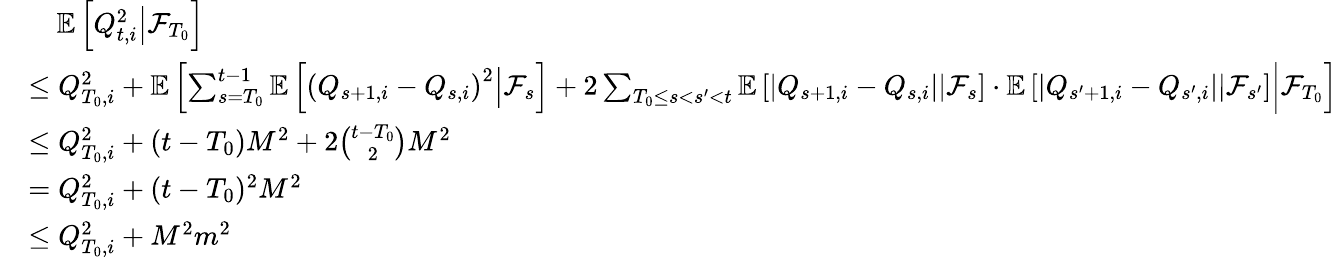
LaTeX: \begin{array}{rl}&{\quad\mathbb E\left[\left.Q_{t,i}^{2}\right\rvert\mathcal F_{T_{0}}\right]}\\ &{\le Q_{T_{0},i}^{2}+\mathbb E\left[\left.\sum_{s=T_{0}}^{t-1}\mathbb E\left[\left.\left(Q_{s+1,i}-Q_{s,i}\right)^{2}\right\rvert\mathcal F_{s}\right]+2\sum_{T_{0}\le s<s^{\prime}<t}\mathbb E\left[\left.\left\lvert Q_{s+1,i}-Q_{s,i}\right\rvert\right\rvert\mathcal F_{s}\right]\cdot\mathbb E\left[\left.\left\lvert Q_{s^{\prime}+1,i}-Q_{s^{\prime},i}\right\rvert\right\rvert\mathcal F_{s^{\prime}}\right]\right\rvert\mathcal F_{T_{0}}\right]}\\ &{\le Q_{T_{0},i}^{2}+(t-T_{0})M^{2}+2\binom{t-T_{0}}{2}M^{2}}\\ &{=Q_{T_{0},i}^{2}+(t-T_{0})^{2}M^{2}}\\ &{\le Q_{T_{0},i}^{2}+M^{2}m^{2}}\end{array}